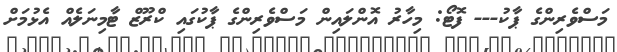
މަސްވެރިންގެ ޕާކު--- ފޮޓޯ: މިހާރު އޮންލައިން މަސްވެރިންގެ ޕާކުގައި ކްރޫޒް ޓާމިނަލެއް އެޅުމަށް